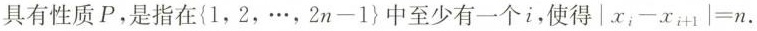
具有性质 P，是指在{ 1，2，…，$$2 n - 1$$}中至少有一个 i，使得 $$| x _ { i } - x _ { i + 1 } | = n$$ .